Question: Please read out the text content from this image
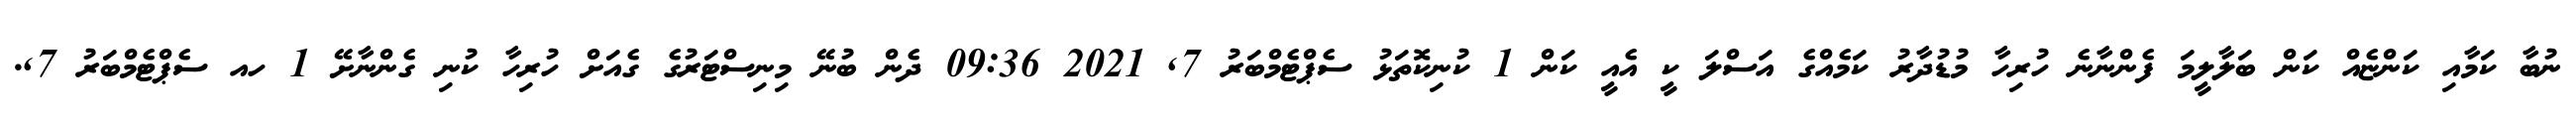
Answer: ނުބާ ކަމާއި ކަންޏެއް ކަން ބަލާލީމަ ފެންނާނެ ހުރިހާ މުޑުދާރު ކަމެއްގެ އަސްލަ ކީ އެއީ ކަން 1 ކުނިކޮތަޅު ސެޕްޓެމްބަރު 7, 2021 09:36 ދެން ބުނޭ މިނިސްޓަރުގެ ގެއަށް ހުރިހާ ކުނި ގެންނާށޭ 1 ހއ ސެޕްޓެމްބަރު 7,.